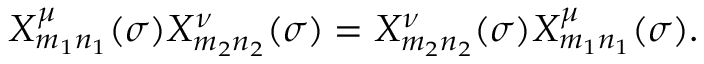
\begin{array} { l c r } { { X _ { m _ { 1 } n _ { 1 } } ^ { \mu } ( \sigma ) X _ { m _ { 2 } n _ { 2 } } ^ { \nu } ( \sigma ) = X _ { m _ { 2 } n _ { 2 } } ^ { \nu } ( \sigma ) X _ { m _ { 1 } n _ { 1 } } ^ { \mu } ( \sigma ) . } } \end{array}